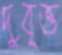
দুবৃত্ত